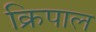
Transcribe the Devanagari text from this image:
क्रिपाल